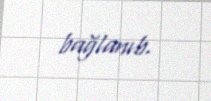
bağlanıb.